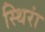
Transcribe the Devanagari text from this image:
स्थिरां